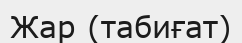
Жар (табиғат)